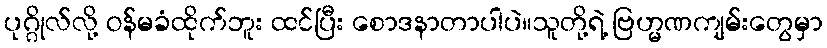
ပုဂ္ဂိုလ်လို့ ဝန်မခံထိုက်ဘူး ထင်ပြီး စောဒနာတာပါပဲ။သူတို့ရဲ့ ဗြဟ္မဏကျမ်းတွေမှာ